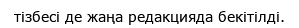
тізбесі де жаңа редакцияда бекітілді.